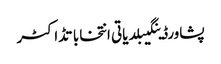
پشاورڈینگیبلدیاتی انتخاباتڈاکٹر